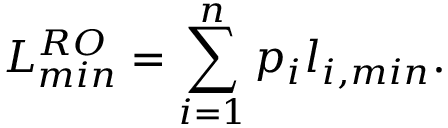
L _ { m i n } ^ { R O } = \sum _ { i = 1 } ^ { n } p _ { i } l _ { i , m i n } .